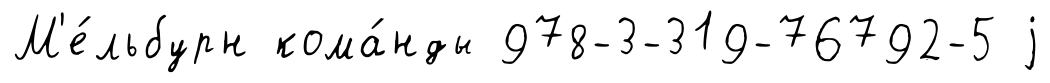
М'е́льбурн кома́нды 978-3-319-76792-5 j